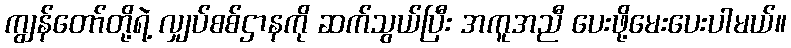
ကျွန်တော်တို့ရဲ့ လျှပ်စစ်ဌာနကို ဆက်သွယ်ပြီး အကူအညီ ပေးဖို့မေးပေးပါမယ်။